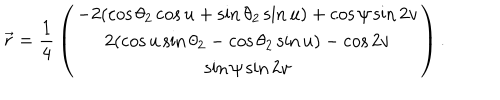
\vec { r } = { \frac { 1 } { 4 } } \left( \begin{array} { c } { { - 2 ( \cos { \theta _ { 2 } } \cos { u } + \sin { \theta _ { 2 } } \sin { u } ) + \cos { \psi } \sin { 2 v } } } \\ { { 2 ( \cos { u } \sin { \theta _ { 2 } } - \cos { \theta _ { 2 } } \sin { u } ) - \cos { 2 v } } } \\ { { \sin { \psi } \sin { 2 v } } } \\ \end{array} \right) .